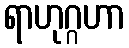
ရာဟုဂ္ဂဟာ